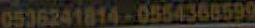
0536241814-0554368599